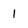
Character: 1